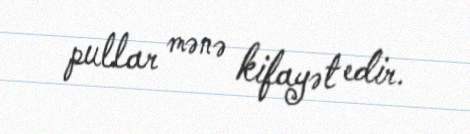
pullar mənə kifayət edir.